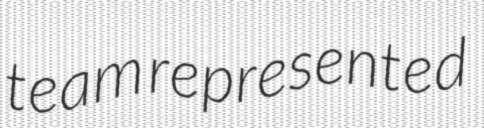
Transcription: team represented